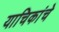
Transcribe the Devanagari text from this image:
याचिकांचे